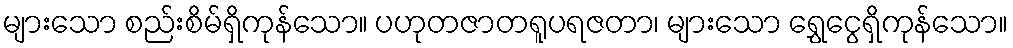
များသော စည်းစိမ်ရှိကုန်သော။ ပဟုတဇာတရူပရဇတာ၊ များသော ရွှေငွေရှိကုန်သော။